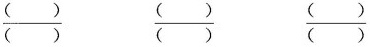
\frac{()}{()} \frac{()}{()} \frac{()}{()}